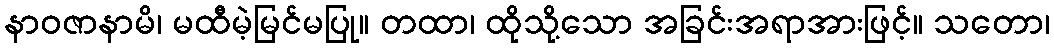
နာဝဇာနာမိ၊ မထီမဲ့မြင်မပြု။ တထာ၊ ထိုသို့သော အခြင်းအရာအားဖြင့်။ သတော၊